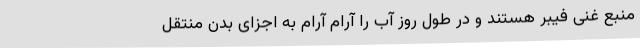
منبع غنی فیبر هستند و در طول روز آب را آرام آرام به اجزای بدن منتقل